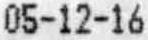
05-12-16